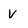
Character: v